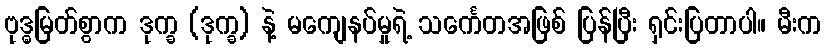
ဗုဒ္ဓမြတ်စွာက ဒုက္ခ (ဒုက္ခ) နဲ့ မကျေနပ်မှုရဲ့ သင်္ကေတအဖြစ် ပြန်ပြီး ရှင်းပြတာပါ။ မီးက